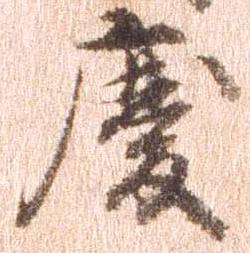
慶